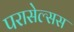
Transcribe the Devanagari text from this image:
परासेल्सस